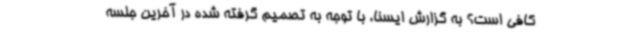
کافی است؟ به گزارش ایسنا، با توجه به تصمیم گرفته شده در آخرین جلسه